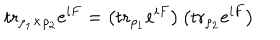
\mathrm { t r } _ { \rho _ { 1 } \times \rho _ { 2 } } e ^ { i F } = \left( \mathrm { t r } _ { \rho _ { 1 } } e ^ { i F } \right) \left( \mathrm { t r } _ { \rho _ { 2 } } e ^ { i F } \right)